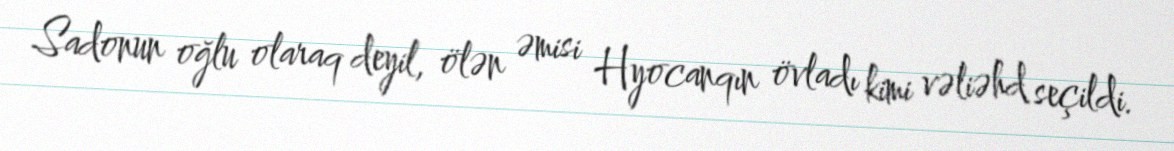
Sadonun oğlu olaraq deyil, ölən əmisi Hyocanqın övladı kimi vəliəhd seçildi.